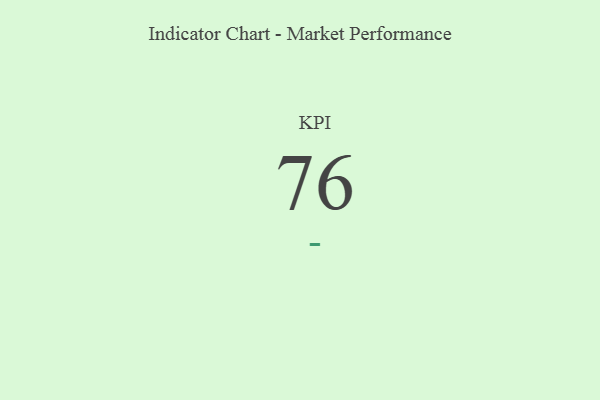
{"axis": {"x": "KPI", "y": "Value"}, "legend": [""], "data": [{"x": "KPI", "y": 76, "type": ""}]}